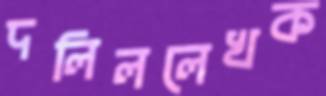
দলিললেখক